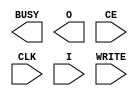
// $Header: /devl/xcs/repo/env/Databases/CAEInterfaces/verunilibs/data/unisims/ICAP_VIRTEX2.v,v 1.5 2007/05/23 21:43:36 patrickp Exp $
///////////////////////////////////////////////////////////////////////////////
// Copyright (c) 1995/2004 Xilinx, Inc.
// All Right Reserved.
///////////////////////////////////////////////////////////////////////////////
//   ____  ____
//  /   /\/   /
// /___/  \  /    Vendor : Xilinx
// \   \   \/     Version : 10.1
//  \   \         Description : Xilinx Functional Simulation Library Component
//  /   /                  Internal Configuration Access Port for Virtex2
// /___/   /\     Filename : ICAP_VIRTEX2.v
// \   \  /  \    Timestamp : Thu Mar 25 16:42:37 PST 2004
//  \___\/\___\
//
// Revision:
//    03/23/04 - Initial version.
//    05/23/07 - Changed timescale to 1 ps / 1 ps.

`timescale  1 ps / 1 ps


module ICAP_VIRTEX2 (BUSY, O, CE, CLK, I, WRITE);

    output BUSY;
    output [7:0] O;
    input  CE, CLK, WRITE;
    input  [7:0] I;

endmodule